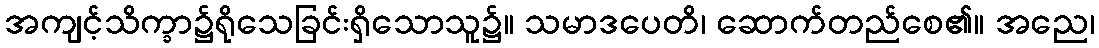
အကျင့်သိက္ခာ၌ရိုသေခြင်းရှိသောသူ၌။ သမာဒပေတိ၊ ဆောက်တည်စေ၏။ အညေ၊